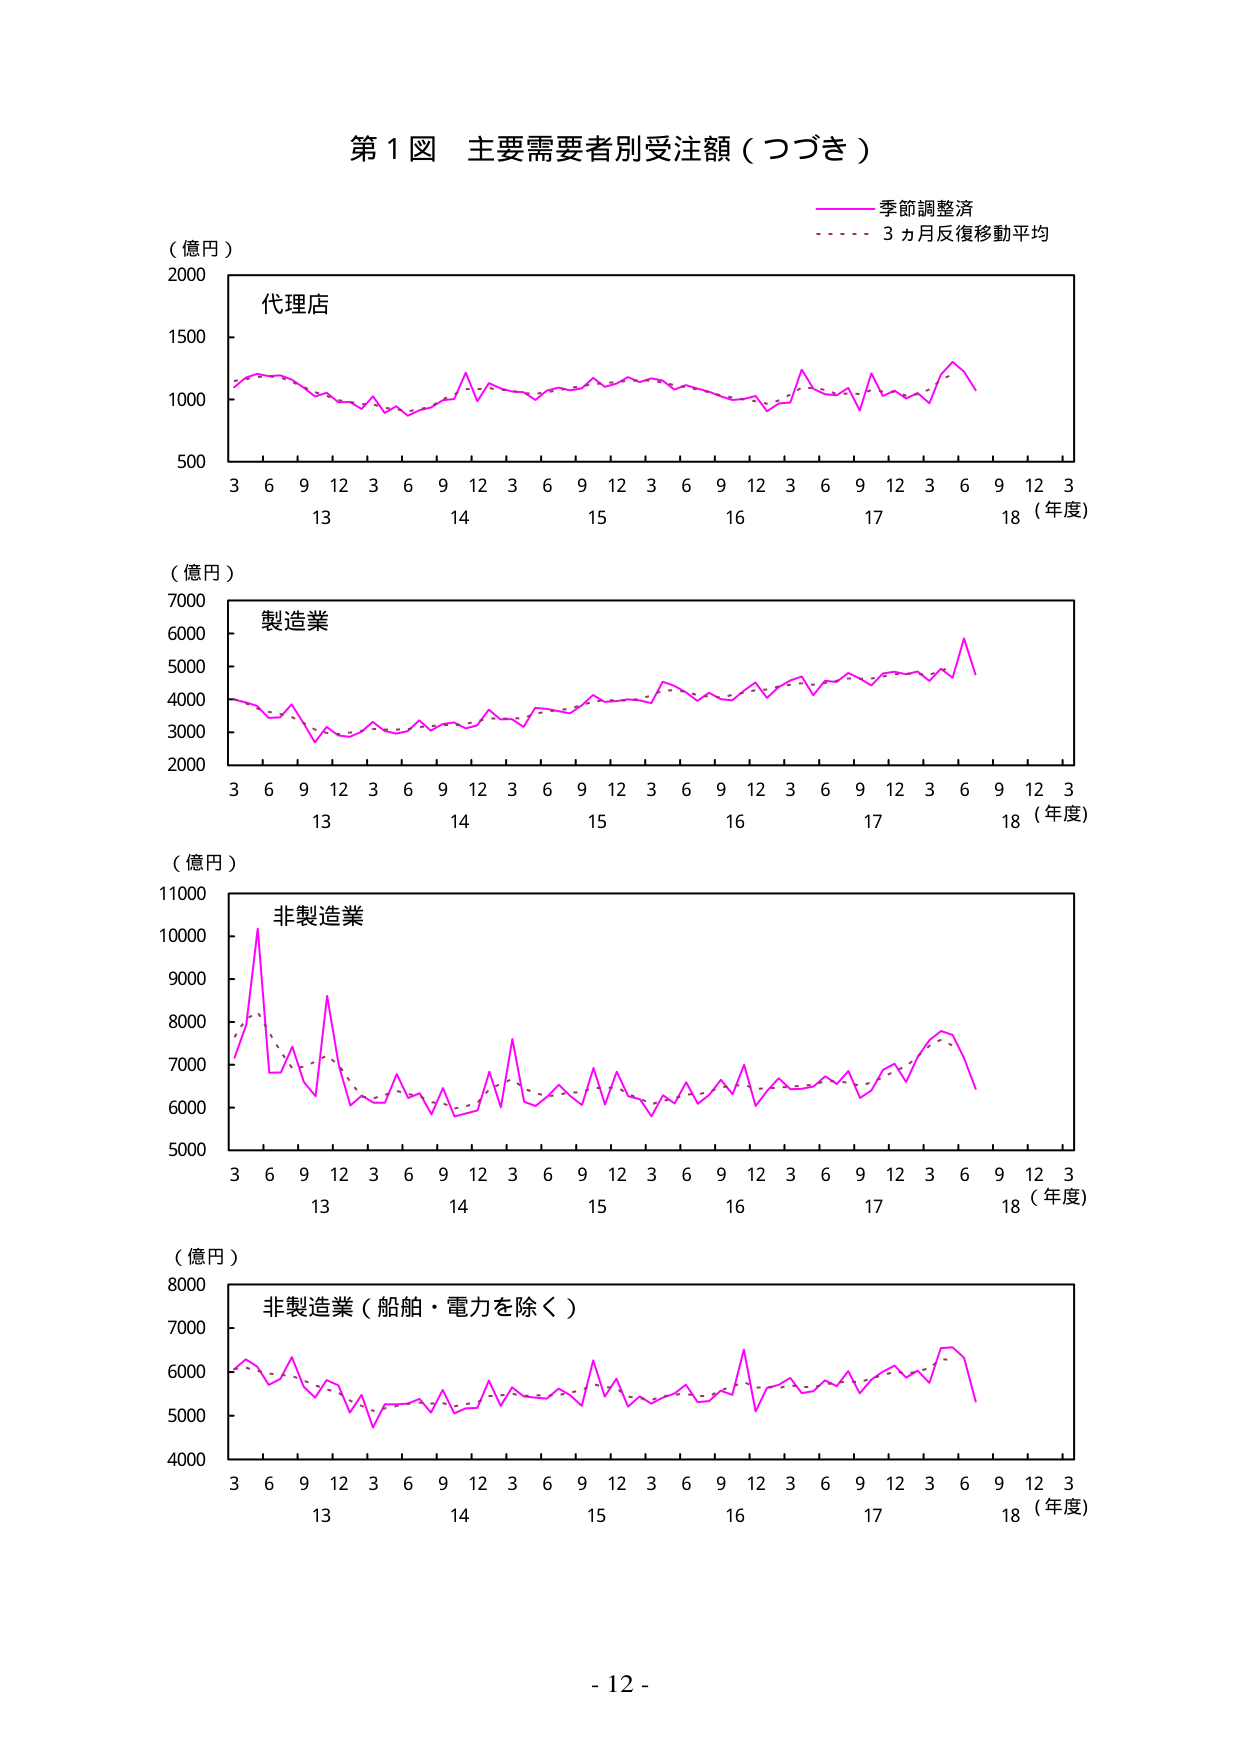
第１図 主要需要者別受注額（つづき）

（億円）
2000
1500
1000
500
代理店
3 6 9 12 3 6 9 12 3 6 9 12 3 6 9 12 3 6 9 12 3
13 14 15 16 17 18（年度）

（億円）
7000
6000
5000
4000
3000
2000
製造業
3 6 9 12 3 6 9 12 3 6 9 12 3 6 9 12 3 6 9 12 3
13 14 15 16 17 18（年度）

（億円）
11000
10000
9000
8000
7000
6000
5000
非製造業
3 6 9 12 3 6 9 12 3 6 9 12 3 6 9 12 3 6 9 12 3
13 14 15 16 17 18（年度）

（億円）
8000
7000
6000
5000
4000
非製造業（船舶・電力を除く）
3 6 9 12 3 6 9 12 3 6 9 12 3 6 9 12 3 6 9 12 3
13 14 15 16 17 18（年度）

季節調整済
3ヵ月反復移動平均

- 12 -